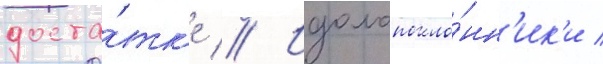
доста́тк'е // Идолопокло́нн'ик'и /